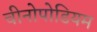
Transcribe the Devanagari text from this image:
चीनोपोडियम